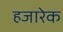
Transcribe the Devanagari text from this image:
हजारेक